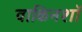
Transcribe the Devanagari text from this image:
वाकिनशॉ